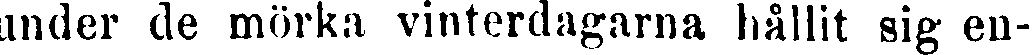
under de mörka vinterdagarna hållit sig en-